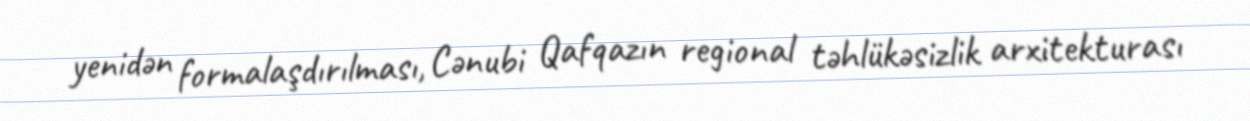
yenidən formalaşdırılması, Cənubi Qafqazın regional təhlükəsizlik arxitekturası